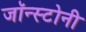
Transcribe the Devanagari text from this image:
जॉन्स्टोनी